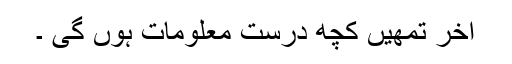
آخر تمھیں کچھ درست معلومات ہوں گی ۔